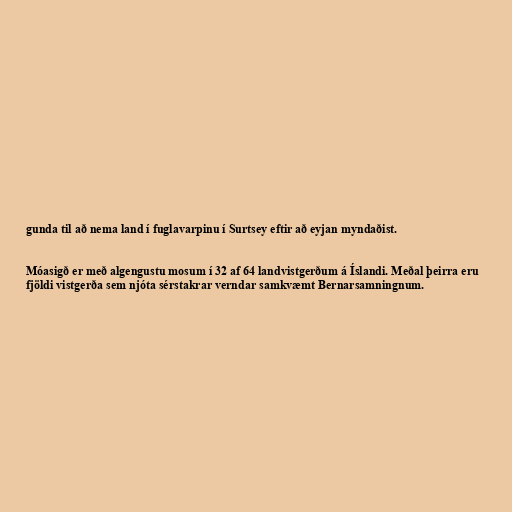
gunda til að nema land í fuglavarpinu í Surtsey eftir að eyjan myndaðist.

Móasigð er með algengustu mosum í 32 af 64 landvistgerðum á Íslandi. Meðal þeirra eru
fjöldi vistgerða sem njóta sérstakrar verndar samkvæmt Bernarsamningnum.